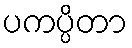
ပကပ္ပိတာ